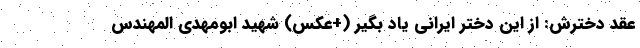
عقد دخترش: از این دختر ایرانی یاد بگیر (+عکس) شهید ابومهدی المهندس